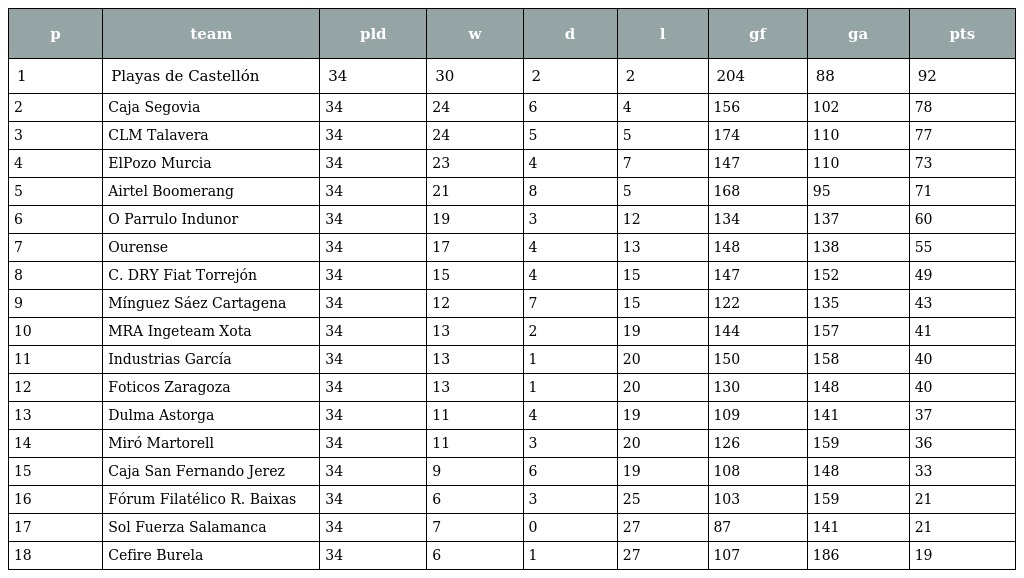
| p | team | pld | w | d | l | gf | ga | pts |
 | --- | --- | --- | --- | --- | --- | --- | --- | --- |
 | 1 | Playas de Castellón | 34 | 30 | 2 | 2 | 204 | 88 | 92 |
 | 2 | Caja Segovia | 34 | 24 | 6 | 4 | 156 | 102 | 78 |
 | 3 | CLM Talavera | 34 | 24 | 5 | 5 | 174 | 110 | 77 |
 | 4 | ElPozo Murcia | 34 | 23 | 4 | 7 | 147 | 110 | 73 |
 | 5 | Airtel Boomerang | 34 | 21 | 8 | 5 | 168 | 95 | 71 |
 | 6 | O Parrulo Indunor | 34 | 19 | 3 | 12 | 134 | 137 | 60 |
 | 7 | Ourense | 34 | 17 | 4 | 13 | 148 | 138 | 55 |
 | 8 | C. DRY Fiat Torrejón | 34 | 15 | 4 | 15 | 147 | 152 | 49 |
 | 9 | Mínguez Sáez Cartagena | 34 | 12 | 7 | 15 | 122 | 135 | 43 |
 | 10 | MRA Ingeteam Xota | 34 | 13 | 2 | 19 | 144 | 157 | 41 |
 | 11 | Industrias García | 34 | 13 | 1 | 20 | 150 | 158 | 40 |
 | 12 | Foticos Zaragoza | 34 | 13 | 1 | 20 | 130 | 148 | 40 |
 | 13 | Dulma Astorga | 34 | 11 | 4 | 19 | 109 | 141 | 37 |
 | 14 | Miró Martorell | 34 | 11 | 3 | 20 | 126 | 159 | 36 |
 | 15 | Caja San Fernando Jerez | 34 | 9 | 6 | 19 | 108 | 148 | 33 |
 | 16 | Fórum Filatélico R. Baixas | 34 | 6 | 3 | 25 | 103 | 159 | 21 |
 | 17 | Sol Fuerza Salamanca | 34 | 7 | 0 | 27 | 87 | 141 | 21 |
 | 18 | Cefire Burela | 34 | 6 | 1 | 27 | 107 | 186 | 19 |